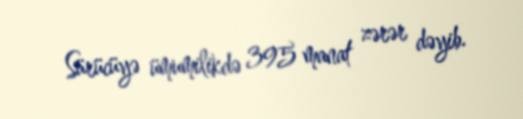
Sürücüyə ümumilikdə 395 manat zərər dəyib.